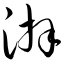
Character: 湃